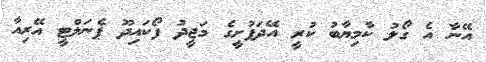
އޭނާ އެ ގޯލު ކާމިޔާބު ކުރީ އޭދަފުށީގެ މަޖީދު ފޯކައިދޫ ޕެނަލްޓީ އޭރިއާ